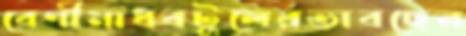
বেণীমাধবটুলেরভাবছেন